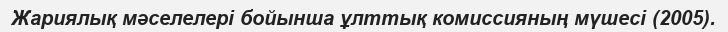
Жариялық мәселелері бойынша ұлттық комиссияның мүшесі (2005).